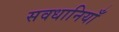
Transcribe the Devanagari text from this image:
सवधानियाँ